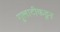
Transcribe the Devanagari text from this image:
गुलाटीकडून